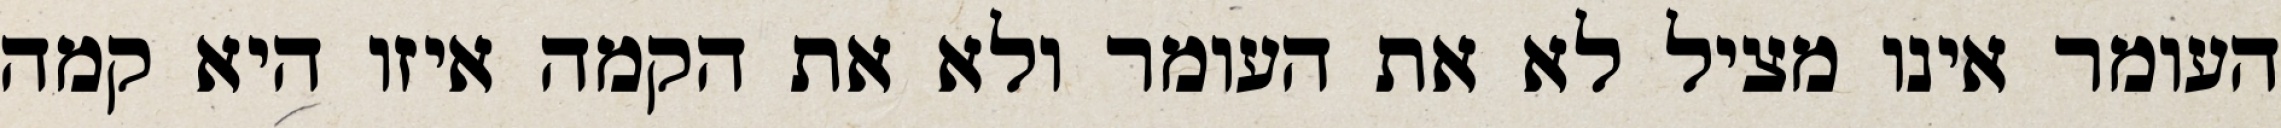
העומר אינו מציל לא את העומר ולא את הקמה איזו היא קמה